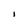
Character: I